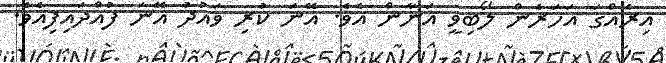
އިރެއްގަ އަހަރެން ލޯބިވީ އަނާން އެވެ. އޭނަ ކުރި ވައުދު އޭނަ ފުއްދައިފިއެވެ.